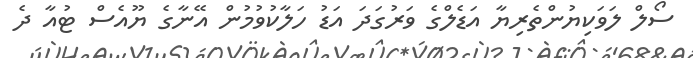
ސޯލް ލަވަކިޔުންތެރިޔާ އަޑެލްގެ ވަރުގަދަ އަޑު ހަލާކުވުމުން އޭނާގެ ޔޫއެސް ޓުއާ ދެ